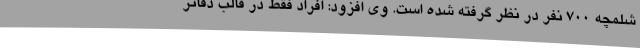
شلمچه ۷۰۰ نفر در نظر گرفته شده است. وی افزود: افراد فقط در قالب دفاتر